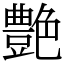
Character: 艶